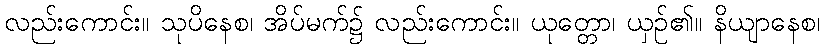
လည်းကောင်း။ သုပိနေစ၊ အိပ်မက်၌ လည်းကောင်း။ ယုတ္တော၊ ယှဉ်၏။ နိယျာနေစ၊